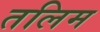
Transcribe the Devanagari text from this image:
तलिम